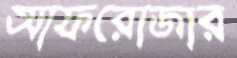
আফরোজার